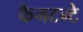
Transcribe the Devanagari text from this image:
कैनटन्टे